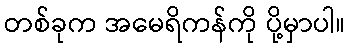
တစ်ခုက အမေရိကန်ကို ပို့မှာပါ။